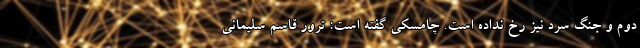
دوم و جنگ سرد نیز رخ نداده است. چامسکی گفته است: ترور قاسم سلیمانی